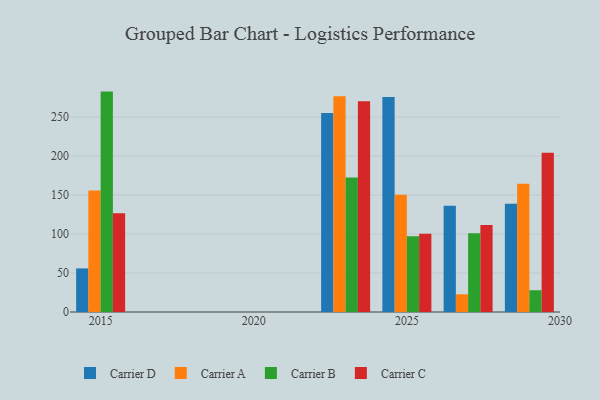
{"axis": {"x": "Year", "y": "Budget (USD K)"}, "legend": ["Carrier A", "Carrier B", "Carrier C", "Carrier D"], "data": [{"x": "2027", "y": 136.4, "type": "Carrier D"}, {"x": "2027", "y": 22.7, "type": "Carrier A"}, {"x": "2027", "y": 101.0, "type": "Carrier B"}, {"x": "2027", "y": 111.7, "type": "Carrier C"}, {"x": "2023", "y": 255.2, "type": "Carrier D"}, {"x": "2023", "y": 276.7, "type": "Carrier A"}, {"x": "2023", "y": 172.6, "type": "Carrier B"}, {"x": "2023", "y": 270.3, "type": "Carrier C"}, {"x": "2025", "y": 275.8, "type": "Carrier D"}, {"x": "2025", "y": 150.5, "type": "Carrier A"}, {"x": "2025", "y": 97.2, "type": "Carrier B"}, {"x": "2025", "y": 100.5, "type": "Carrier C"}, {"x": "2015", "y": 55.9, "type": "Carrier D"}, {"x": "2015", "y": 155.9, "type": "Carrier A"}, {"x": "2015", "y": 282.7, "type": "Carrier B"}, {"x": "2015", "y": 126.6, "type": "Carrier C"}, {"x": "2029", "y": 138.9, "type": "Carrier D"}, {"x": "2029", "y": 164.5, "type": "Carrier A"}, {"x": "2029", "y": 27.9, "type": "Carrier B"}, {"x": "2029", "y": 204.3, "type": "Carrier C"}]}